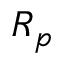
R _ { p }